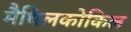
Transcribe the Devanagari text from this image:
मैथिलकोकिल